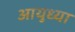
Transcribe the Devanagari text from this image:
आयुध्या